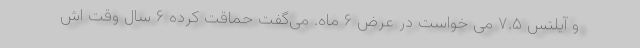
و آیلتس ۷.۵ می خواست در عرض ۶ ماه. می‌گفت حماقت کرده ۶ سال وقت اش